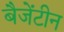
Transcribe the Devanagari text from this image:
बैजेंटीन